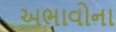
અભાવોના